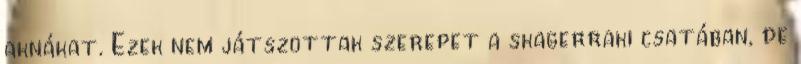
aknákat. Ezek nem játszottak szerepet a skagerraki csatában, de